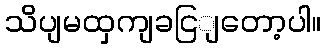
သိပျမထှကျခငြျတော့ပါ။